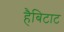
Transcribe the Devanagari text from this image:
हैबिटाट